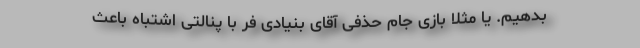
بدهیم. یا مثلا بازی جام حذفی آقای بنیادی فر با پنالتی اشتباه باعث